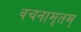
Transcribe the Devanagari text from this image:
वचनामृतम्